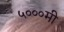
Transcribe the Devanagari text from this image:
५०००मी